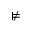
\nvDash